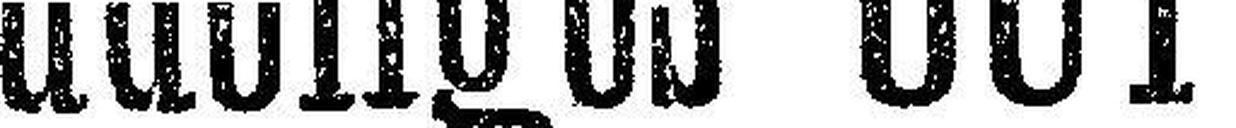
adeliges GUT